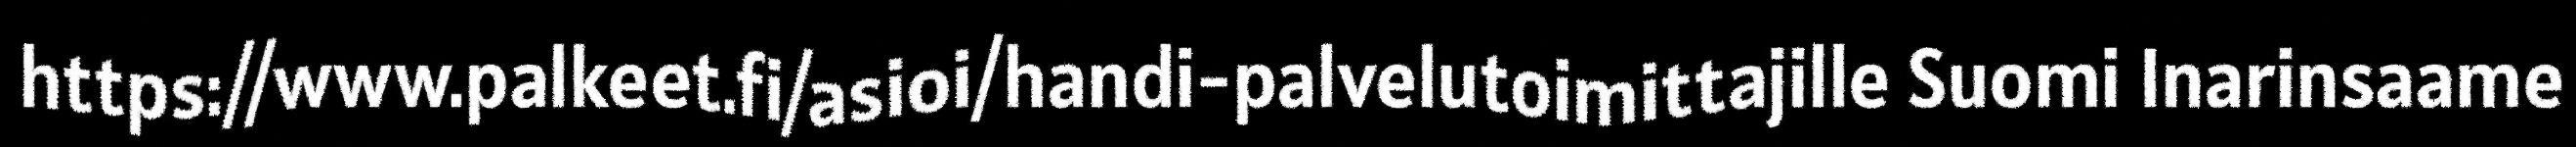
https://www.palkeet.fi/asioi/handi-palvelutoimittajille Suomi Inarinsaame